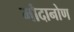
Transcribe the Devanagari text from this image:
मौदानोण